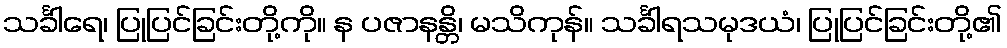
သင်္ခါရေ၊ ပြုပြင်ခြင်းတို့ကို။ န ပဇာနန္တိ၊ မသိကုန်။ သင်္ခါရသမုဒယံ၊ ပြုပြင်ခြင်းတို့၏